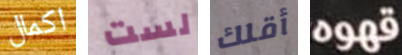
اكمال لست أقلك قهوه